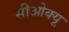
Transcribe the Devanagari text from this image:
सीओक्यू